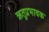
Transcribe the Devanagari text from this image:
ऋतुप्रभावक